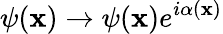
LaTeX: \psi(\mathbf{x})\rightarrow\psi(\mathbf{x})e^{i\alpha(\mathbf{x})}